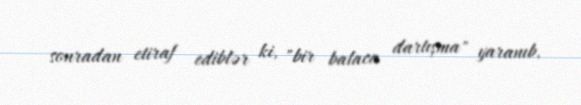
sonradan etiraf ediblər ki, "bir balaca dartışma" yaranıb.